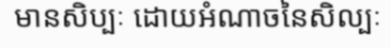
មានសិប្បៈ ដោយអំណាចនៃសិល្បៈ